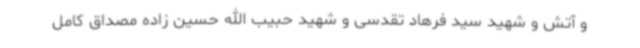
و آتش و شهید سید فرهاد تقدسی و شهید حبیب الله حسین زاده مصداق کامل